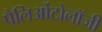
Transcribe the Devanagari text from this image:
पैलिओंटोलॉजी